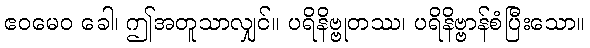
ဧဝမေဝ ခေါ၊ ဤအတူသာလျှင်။ ပရိနိဗ္ဗုတဿ၊ ပရိနိဗ္ဗာန်စံပြီးသော။